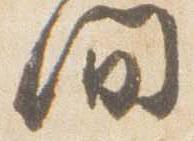
間